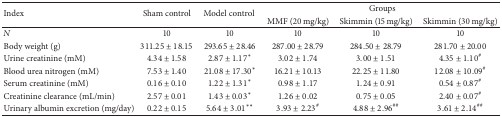
<table><thead><tr><td rowspan="2"><b>Index</b></td><td rowspan="2"><b>Sham control</b></td><td rowspan="2"><b>Model control </b></td><td colspan="3"><b>Groups</b></td></tr><tr><td><b>MMF (20 mg/kg)</b></td><td><b>Skimmin (15 mg/kg)</b></td><td><b>Skimmin (30 mg/kg)</b></td></tr></thead><tbody><tr><td><i>N</i></td><td>10</td><td>10</td><td>10</td><td>10</td><td>10</td></tr><tr><td>Body weight (g)</td><td>311.25 ± 18.15</td><td>293.65 ± 28.46</td><td>287.00 ± 28.79</td><td>284.50 ± 28.79</td><td>281.70 ± 20.00</td></tr><tr><td>Urine creatinine (mM)</td><td>4.34 ± 1.58</td><td>2.87 ± 1.17*</td><td>3.02 ± 1.74</td><td>3.00 ± 1.51</td><td>4.35 ± 1.10<sup>#</sup></td></tr><tr><td>Blood urea nitrogen (mM)</td><td>7.53 ± 1.40</td><td>21.08 ± 17.30*</td><td>16.21 ± 10.13</td><td>22.25 ± 11.80</td><td>12.08 ± 10.09<sup>#</sup></td></tr><tr><td>Serum creatinine (mM)</td><td>0.16 ± 0.10</td><td>1.22 ± 1.31*</td><td>0.98 ± 1.17</td><td>1.24 ± 0.91</td><td>0.54 ± 0.87<sup>#</sup></td></tr><tr><td>Creatinine clearance (mL/min)</td><td>2.57 ± 0.01</td><td>1.43 ± 0.03*</td><td>1.26 ± 0.02</td><td>0.75 ± 0.05</td><td>2.40 ± 0.07<sup>#</sup></td></tr><tr><td>Urinary albumin excretion (mg/day)</td><td>0.22 ± 0.15</td><td>5.64 ± 3.01**</td><td>3.93 ± 2.23<sup>#</sup></td><td>4.88 ± 2.96<sup>##</sup></td><td>3.61 ± 2.14<sup>##</sup></td></tr></tbody></table>